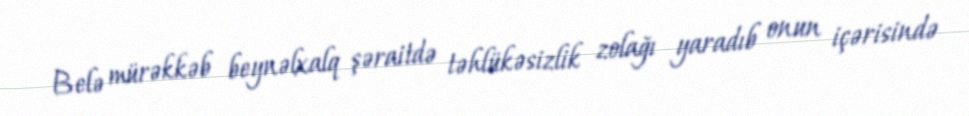
Belə mürəkkəb beynəlxalq şəraitdə təhlükəsizlik zolağı yaradıb onun içərisində